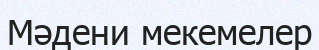
Мәдени мекемелер